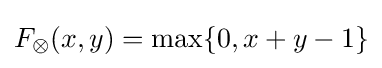
F_{\otimes }(x,y)=\max\{0,x+y-1\}